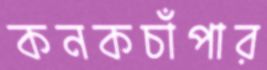
কনকচাঁপার